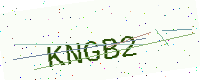
Text: KNGB2